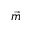
\vec { m }